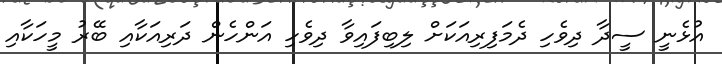
އުޅެނީ ސީދާ ދިވެހި ދެމަފިރިއަކަށް ލިބިފައިވާ ދިވެހި އަންހެން ދަރިއަކާއި ބޭރު މީހަކާއި